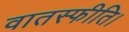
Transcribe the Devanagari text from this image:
वातस्फीति।